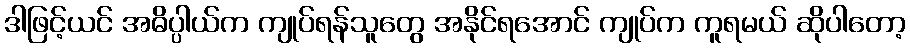
ဒါဖြင့်ယင် အဓိပ္ပါယ်က ကျုပ်ရန်သူတွေ အနိုင်ရအောင် ကျုပ်က ကူရမယ် ဆိုပါတော့